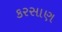
કરસાણ